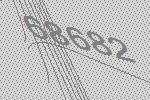
68682